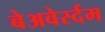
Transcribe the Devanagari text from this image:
बेअवेर्स्दम